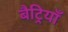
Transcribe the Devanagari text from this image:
बैट्रियाँ